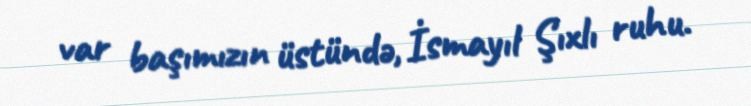
var başımızın üstündə, İsmayıl Şıxlı ruhu.